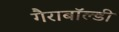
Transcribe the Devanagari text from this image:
गैराबॉल्डी